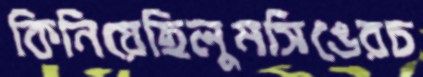
কিনিয়েছিলুমসিঙেরচ